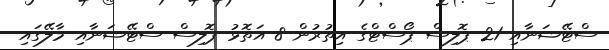
ސްޓޭޝަނާއި 21 ޕޮލިސް ޕޯސްޓްގެ އިތުރުން 8 އަތޮޅު ޕޮލިސް ސްޓޭޝަނާއި މާލޭގައި